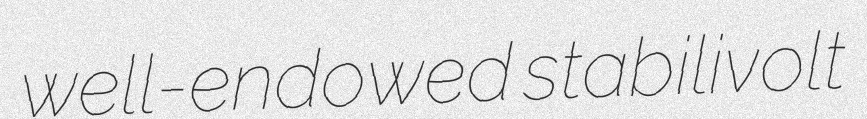
well-endowed stabilivolt